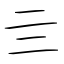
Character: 亖